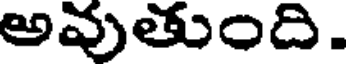
అవుతుంది.